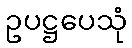
ဥပဋ္ဌပေသုံ